Annual report of the Punjab Veterinary College and of the Civil Veterinary Department, Punjab - 1926-1932
Year: 1926
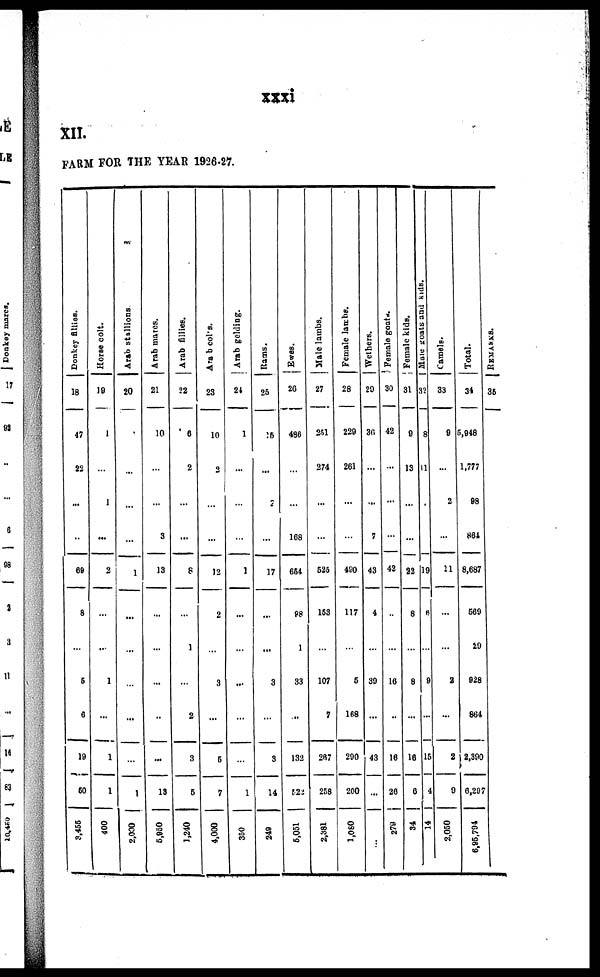
xxxi
XII.
FARM FOR THE YEAR 1926-27.
Donkey fillies.
18
47
22
...
...
69
8
...
5
6
19
50
3,455
Horse colt.
19
1
...
1
...
2
...
...
1
1
1
400
Aran stallions
20
...
...
...
...
1
...
...
...
...
...
1
2,000
Arab mares.
21
10
...
...
3
13
...
...
...
...
...
13
5,950
Arab fillies.
22
6
2
...
...
8
...
1
...
2
3
6
1,240
Arab colts.
23
10
2
...
...
12
2
...
3
...
6
7
4,000
Arab golding.
24
1
...
...
...
1
...
...
...
...
...
1
350
Rams.
25
25
...
7
...
17
...
...
3
...
3
14
249
Ewes.
26
480
...
...
168
664
98
1
33
...
132
622
6,051
Male lambs.
27
251
274
...
...
525
153
...
107
7
267
258
2,381
Female lambs.
28
229
261
...
...
400
117
...
6
168
200
200
1,060
Wethers.
29
36
... ...
...
7
43
4
...
30
...
43
...
Female goats.
30
42
...
...
42
...
16
...
16
26
279
Female ki ds.
31
0
13
...
...
22
8
...
8
...
16
6
34
Mule goats and kids.
32
8
1
19
6
9
15
4
14
Camels.
33
9
...
2
...
21
...
...
2
...
2
9
2,050
Total.
34
5,948
1,777
98
864
8,687
569
29
928
864
2,390
6,207
6,95,794
REMARKS.
35